Annual vaccination report of Bihar and Orissa - 1911-1928
Year: 1911
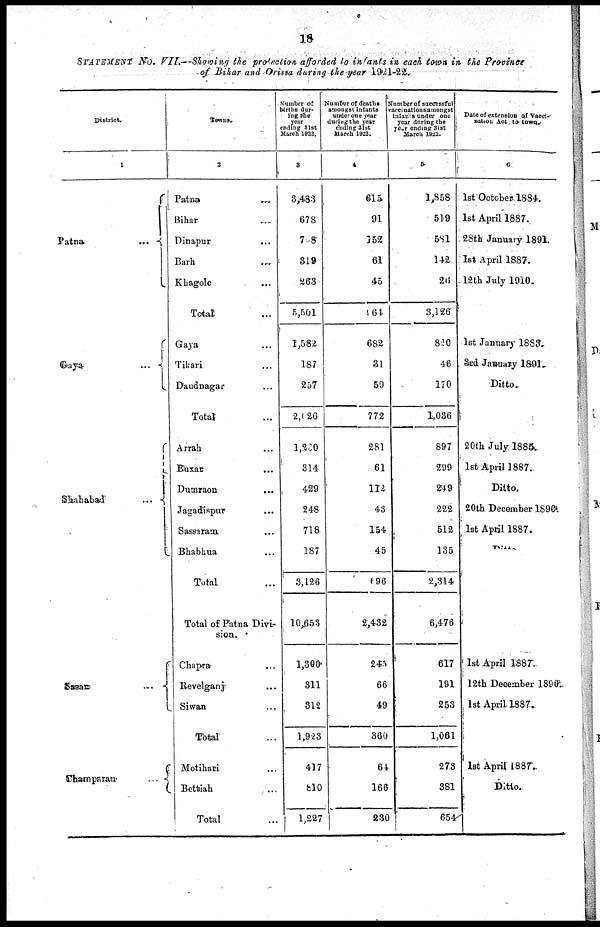
18
STATEMENT No. VII—Showing the protection afforded to infants in each town in the Province
of Bihar and Orissa during the year 1921-22.
District.
1
Patna
...
Gaya
...
Shahabad
...
Sasan
...
Champaran
...
Towns.
2
Patna ...
Bihar ...
Dinapur
...
Barh ...
Khagole ...
Total ...
Gaya ...
Tikari ...
Daudnagar ...
Total ...
Arrah ...
Buxar ...
Dumraon
...
Jagadispur
...
Sassaram ...
Bhabhua ...
Total ...
Total of Patna Divi-
sion.
Chapra ...
Revelganj ...
Siwan ...
Total ...
Motihari ...
Bettiah ...
Total ...
Number of
births dur-
ing the
year
ending 31st
March 1922.
3
3,483
678
768
319
263
5,501
1,582
187
257
2,026
1,280
314
429
248
718
187
3,126
10,653
1,300
311
312
1,923
417
810
1,227
Number of deaths
amongst infants
under one year
during the year
ending 31st
March 1922.
4
615
91
152
61
45
964
682
31
59
772
281
61
112
43
154
45
696
2,432
245
66
49
360
64
166
230
Number of successful
vaccinations amongst
infan s under one
year during the
year ending 31st
March 1922.
5
1,858
519
581
142
26
3,126
820
46
170
1,036
897
299
249
222
512
135
2,314
6,476
617
191
253
1,061
273
381
654
Date of extension of Vacci-
nation Act to- town.
6
1st October. 1884.
1st April 1887.
28th January 1891.
1st April 1887.
12th July 1910.
1st January 1883.
3rd Jnauary 1891.
Ditto.
20 th July 1885.
1st April 1887..
Ditto.
20th December 1890.
1st April 1887.
Ditto.
1st April 1887.
12th December 1890.
1st April. 1887.
1st April 1887.
Ditto.